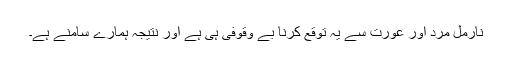
نارمل مرد اور عورت سے یہ توقع کرنا بے وقوفی ہی ہے اور نتیجہ ہمارے سامنے ہے۔